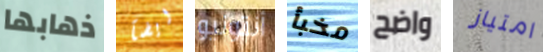
ذهابها ايضآ أنتونيو مخبأ واضح امتياز